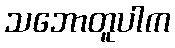
သဘောတူပါက